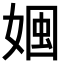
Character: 𡟏